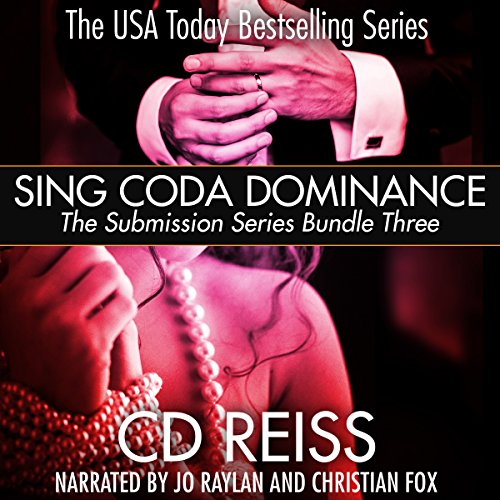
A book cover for Sing Coda Dominance: Submission Series Bundle #3; CD Reiss; Romance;